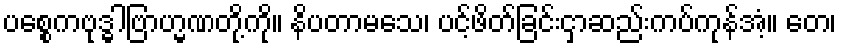
ပစ္စေကဗုဒ္ဓါဗြာဟ္မဏတို့ကို။ နိပတာမသေ၊ ပင့်ဖိတ်ခြင်းငှာဆည်းကပ်ကုန်အံ့။ တေ၊